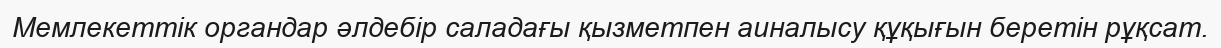
Мемлекеттік органдар әлдебір саладағы қызметпен аиналысу құқығын беретін рұқсат.